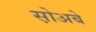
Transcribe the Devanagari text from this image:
स़ोअबे